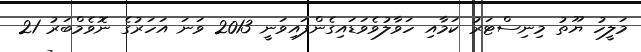
މަލީހު ޔޫތު މިނިސްޓަރު ކަމާއި ހަވާލުވެވަޑައިގެންފައިވަނީ 2013 ވަނަ އަހަރުގެ ނޮވެމްބަރު 21